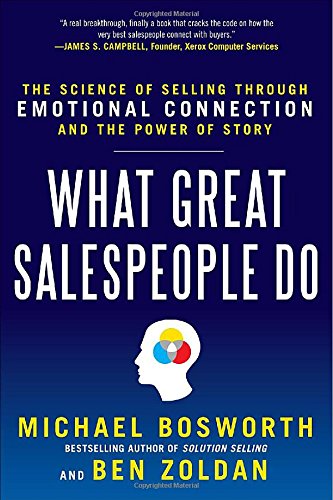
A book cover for What Great Salespeople Do: The Science of Selling Through Emotional Connection and the Power of Story; Ben Zoldan; Business & Money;